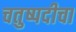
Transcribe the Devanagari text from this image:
चतुष्पदीचा